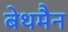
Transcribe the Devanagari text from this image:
बेथमैन